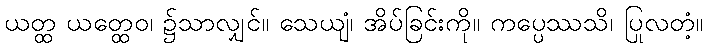
ယတ္ထ ယတ္ထေဝ၊ ၌သာလျှင်။ သေယျံ၊ အိပ်ခြင်းကို။ ကပ္ပေဿသိ၊ ပြုလတံ့။